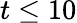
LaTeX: t\le 10